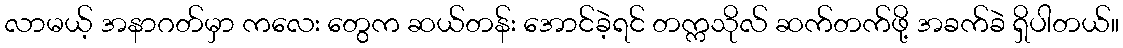
လာမယ့် အနာဂတ်မှာ ကလေး တွေက ဆယ်တန်း အောင်ခဲ့ရင် တက္ကသိုလ် ဆက်တက်ဖို့ အခက်ခဲ ရှိပါတယ်။